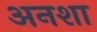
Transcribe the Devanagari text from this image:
अनशा